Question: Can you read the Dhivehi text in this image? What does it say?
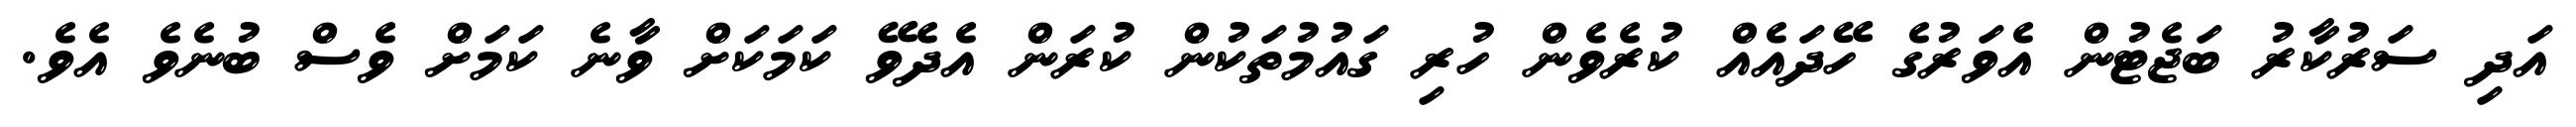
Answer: އަދި ސަރުކާރު ބަޖެޓުން އެވަރުގެ ހޭދައެއް ކުރެވެން ހުރި ގައުމުތަކުން ކުރަން އެދެވޭ ކަމަކަށް ވާނެ ކަމަށް ވެސް ބުނެވެ އެވެ.